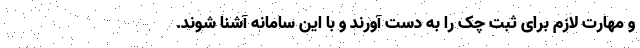
و مهارت لازم برای ثبت چک را به دست آورند و با این سامانه آشنا شوند.